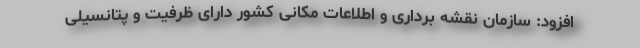
افزود: سازمان نقشه برداری و اطلاعات مکانی کشور دارای ظرفیت و پتانسیلی